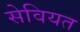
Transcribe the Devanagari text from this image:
सेवियत